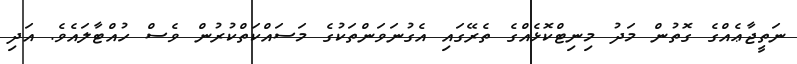
ނަތީޖާޢެއްގެ ގޮތުން މަދު މިނިޓްކޮޅެއްގެ ތެރޭގައި އެގުނަވަންތަކުގެ މަސައްކަތްކުރުން ވެސް ހުއްޓާލައެވެ. އަދި